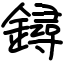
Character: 鐞